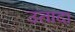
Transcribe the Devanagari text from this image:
उतादा